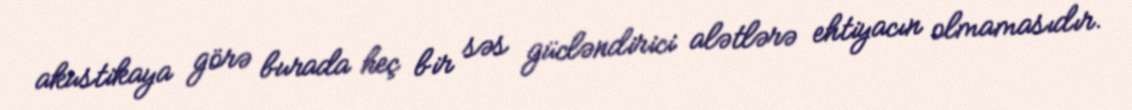
akustikaya görə burada heç bir səs gücləndirici alətlərə ehtiyacın olmamasıdır.